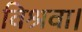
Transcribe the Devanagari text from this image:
विश्रवा।